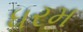
ધરમ